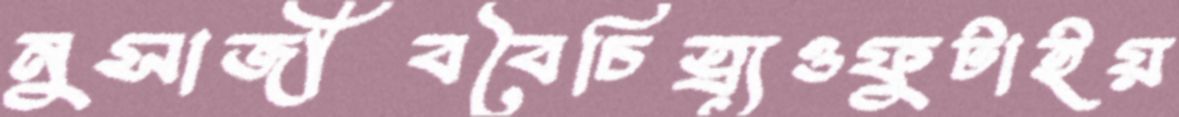
নুসাজীববৈচিত্র্যওফুটাইয়